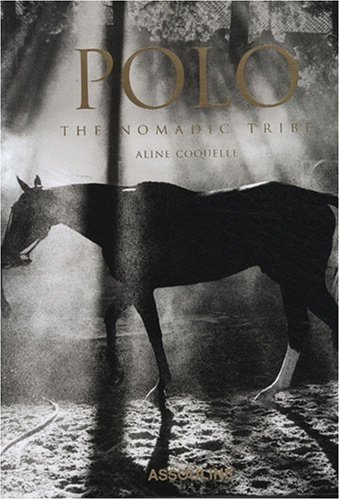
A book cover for Polo: The Nomadic Tribe; Aline Coquelle; Arts & Photography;